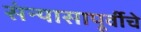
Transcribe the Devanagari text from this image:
संन्यासापूर्वीचे